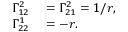
\begin{array} { r l } { \Gamma _ { 1 2 } ^ { 2 } } & { { } = \Gamma _ { 2 1 } ^ { 2 } = 1 / r , } \\ { \Gamma _ { 2 2 } ^ { 1 } } & { { } = - r . } \end{array}